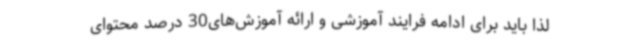
لذا باید برای ادامه فرایند آموزشی و ارائه آموزش‌های30 درصد محتوای